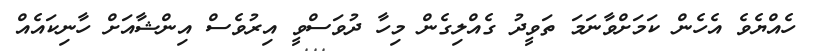
ހެއްޔެވެ އެހެން ކަމަށްވާނަމަ ތަވީދު ގެއްލިގެން މިހާ ދުވަސްވީ އިރުވެސް އިންޝާއަށް ހާނިކައެއް